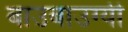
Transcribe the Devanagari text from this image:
बाउबाउग्यी